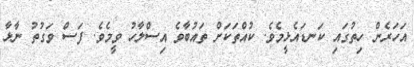
އަހަރެން ހިތުގައި ކަނޑައެޅީމެވެ. ކުއްތަކަށް ތައުބާވެ އިސްލާހު ވީމެވެ. ފަސް ވަގުތު ނާޅާ